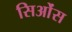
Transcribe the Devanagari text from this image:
सिओंस